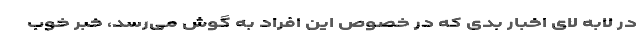
در لابه لای اخبار بدی که در خصوص این افراد به گوش می‌رسد، خبر خوب